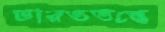
ভারততত্ত্বে